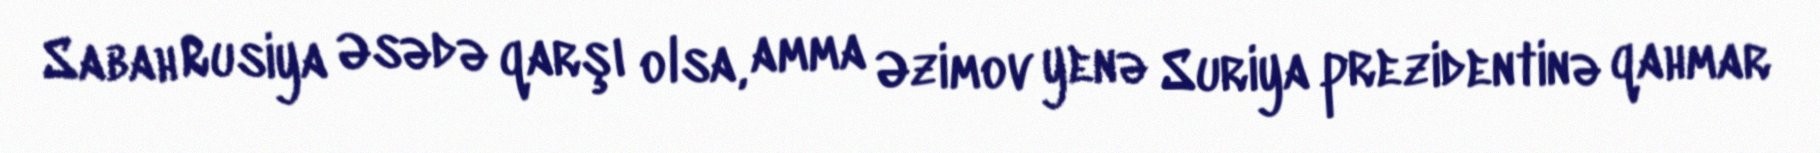
Sabah Rusiya Əsədə qarşı olsa, amma Əzimov yenə Suriya prezidentinə qahmar